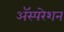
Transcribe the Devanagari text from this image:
अॅस्परेशन